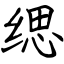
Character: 缌